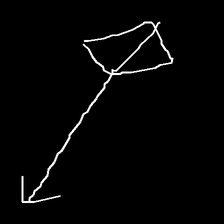
Glyph: focus